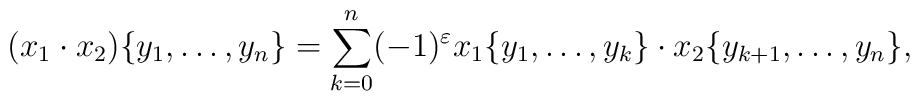
(x_1 \cdot x_2) \{ y_1, \dots, y_n\} = \sum_{k=0}^n (-1)^\varepsilon x_1 \{y_1, \dots, y_k\} \cdot x_2 \{ y_{k+1}, \dots, y_n\},